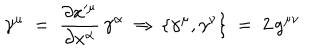
\gamma ^ { \mu } \; = \; \frac { \partial x ^ { \mu } } { \partial x ^ { \alpha } } \, \gamma ^ { \alpha } \; \Rightarrow \, \{ \gamma ^ { \mu } , \gamma ^ { \nu } \} \; = \; 2 \, g ^ { \mu \nu }